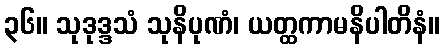
၃၆။ သုဒုဒ္ဒသံ သုနိပုဏံ၊ ယတ္ထကာမနိပါတိနံ။